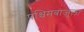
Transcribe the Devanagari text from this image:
पश्चिमबाजुला